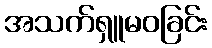
အသက်ရှူမဝခြင်း